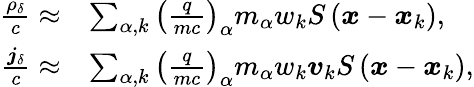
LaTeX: \begin{array}{rl}{\frac{\rho_{\delta}}{c}\approx}&{\sum_{\alpha,k}\left(\frac{q}{mc}\right)_{\alpha}m_{\alpha}w_{k}S\left(\boldsymbol{x}-\boldsymbol{x}_{k}\right),}\\ {\frac{\boldsymbol{j}_{\delta}}{c}\approx}&{\sum_{\alpha,k}\left(\frac{q}{mc}\right)_{\alpha}m_{\alpha}w_{k}\boldsymbol{v}_{k}S\left(\boldsymbol{x}-\boldsymbol{x}_{k}\right),}\end{array}